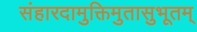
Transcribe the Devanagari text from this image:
संहारदामुक्तिमुतासुभूतम्